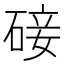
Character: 𮀨